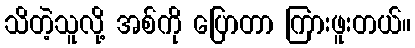
သိတဲ့သူလို့ အစ်ကို ပြောတာ ကြားဖူးတယ်။